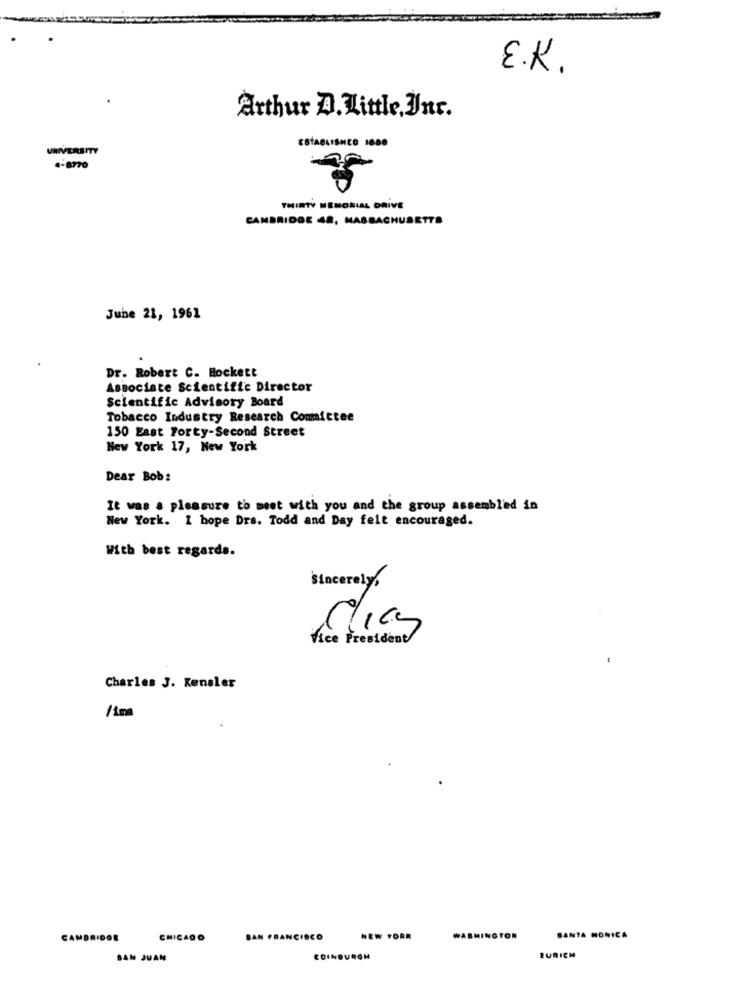
E.K.
Arthur D. Little, Inc.
RETTY
ESTABLISHCO 1000
THIRTY MEMORIAL DRIVE
CAMBRIDGE 48, MASSACHUSETTS
June 21, 1961
Dr. Robert C. Hockett
Associate Scientific Director
Scientific Advisory Board
Tobacco Industry Research Committee
150 East Forty-Second Street
New York 17, New York
Dear Bob:
It was a pleasure to meet with you and the group assembled in
New York. I hope Drs. Todd and Day felt encouraged.
With best regards.
Sincerely.
Clics
Vice President
Charles J. Keneler
/sma
SANTA MONICA
CHICAGO
SAN FRANCISCO
NEW YORK
WASHINGTON
SAN JUAN
COINDUROM
ZURICH